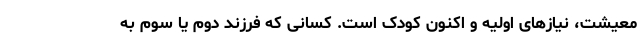
معیشت، نیازهای اولیه و اکنون کودک است. کسانی که فرزند دوم یا سوم به